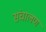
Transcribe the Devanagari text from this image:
संचालण